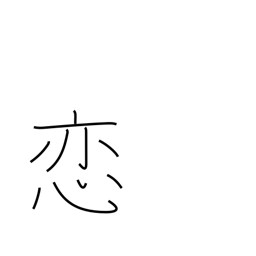
Meaning: in love